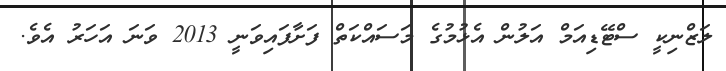
ލަޒްނިކީ ސްޓޭޑިއަމް އަލުން އެޅުމުގެ މަސައްކަތް ފަށާފައިވަނީ 2013 ވަނަ އަހަރު އެވެ.